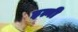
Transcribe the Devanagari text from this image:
इत्नी